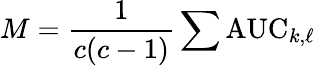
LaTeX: M={\frac{1}{c(c-1)}}\sum\mathrm{AUC}_{k,\ell}